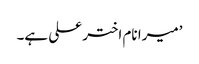
’میرا نام اختر علی ہے۔